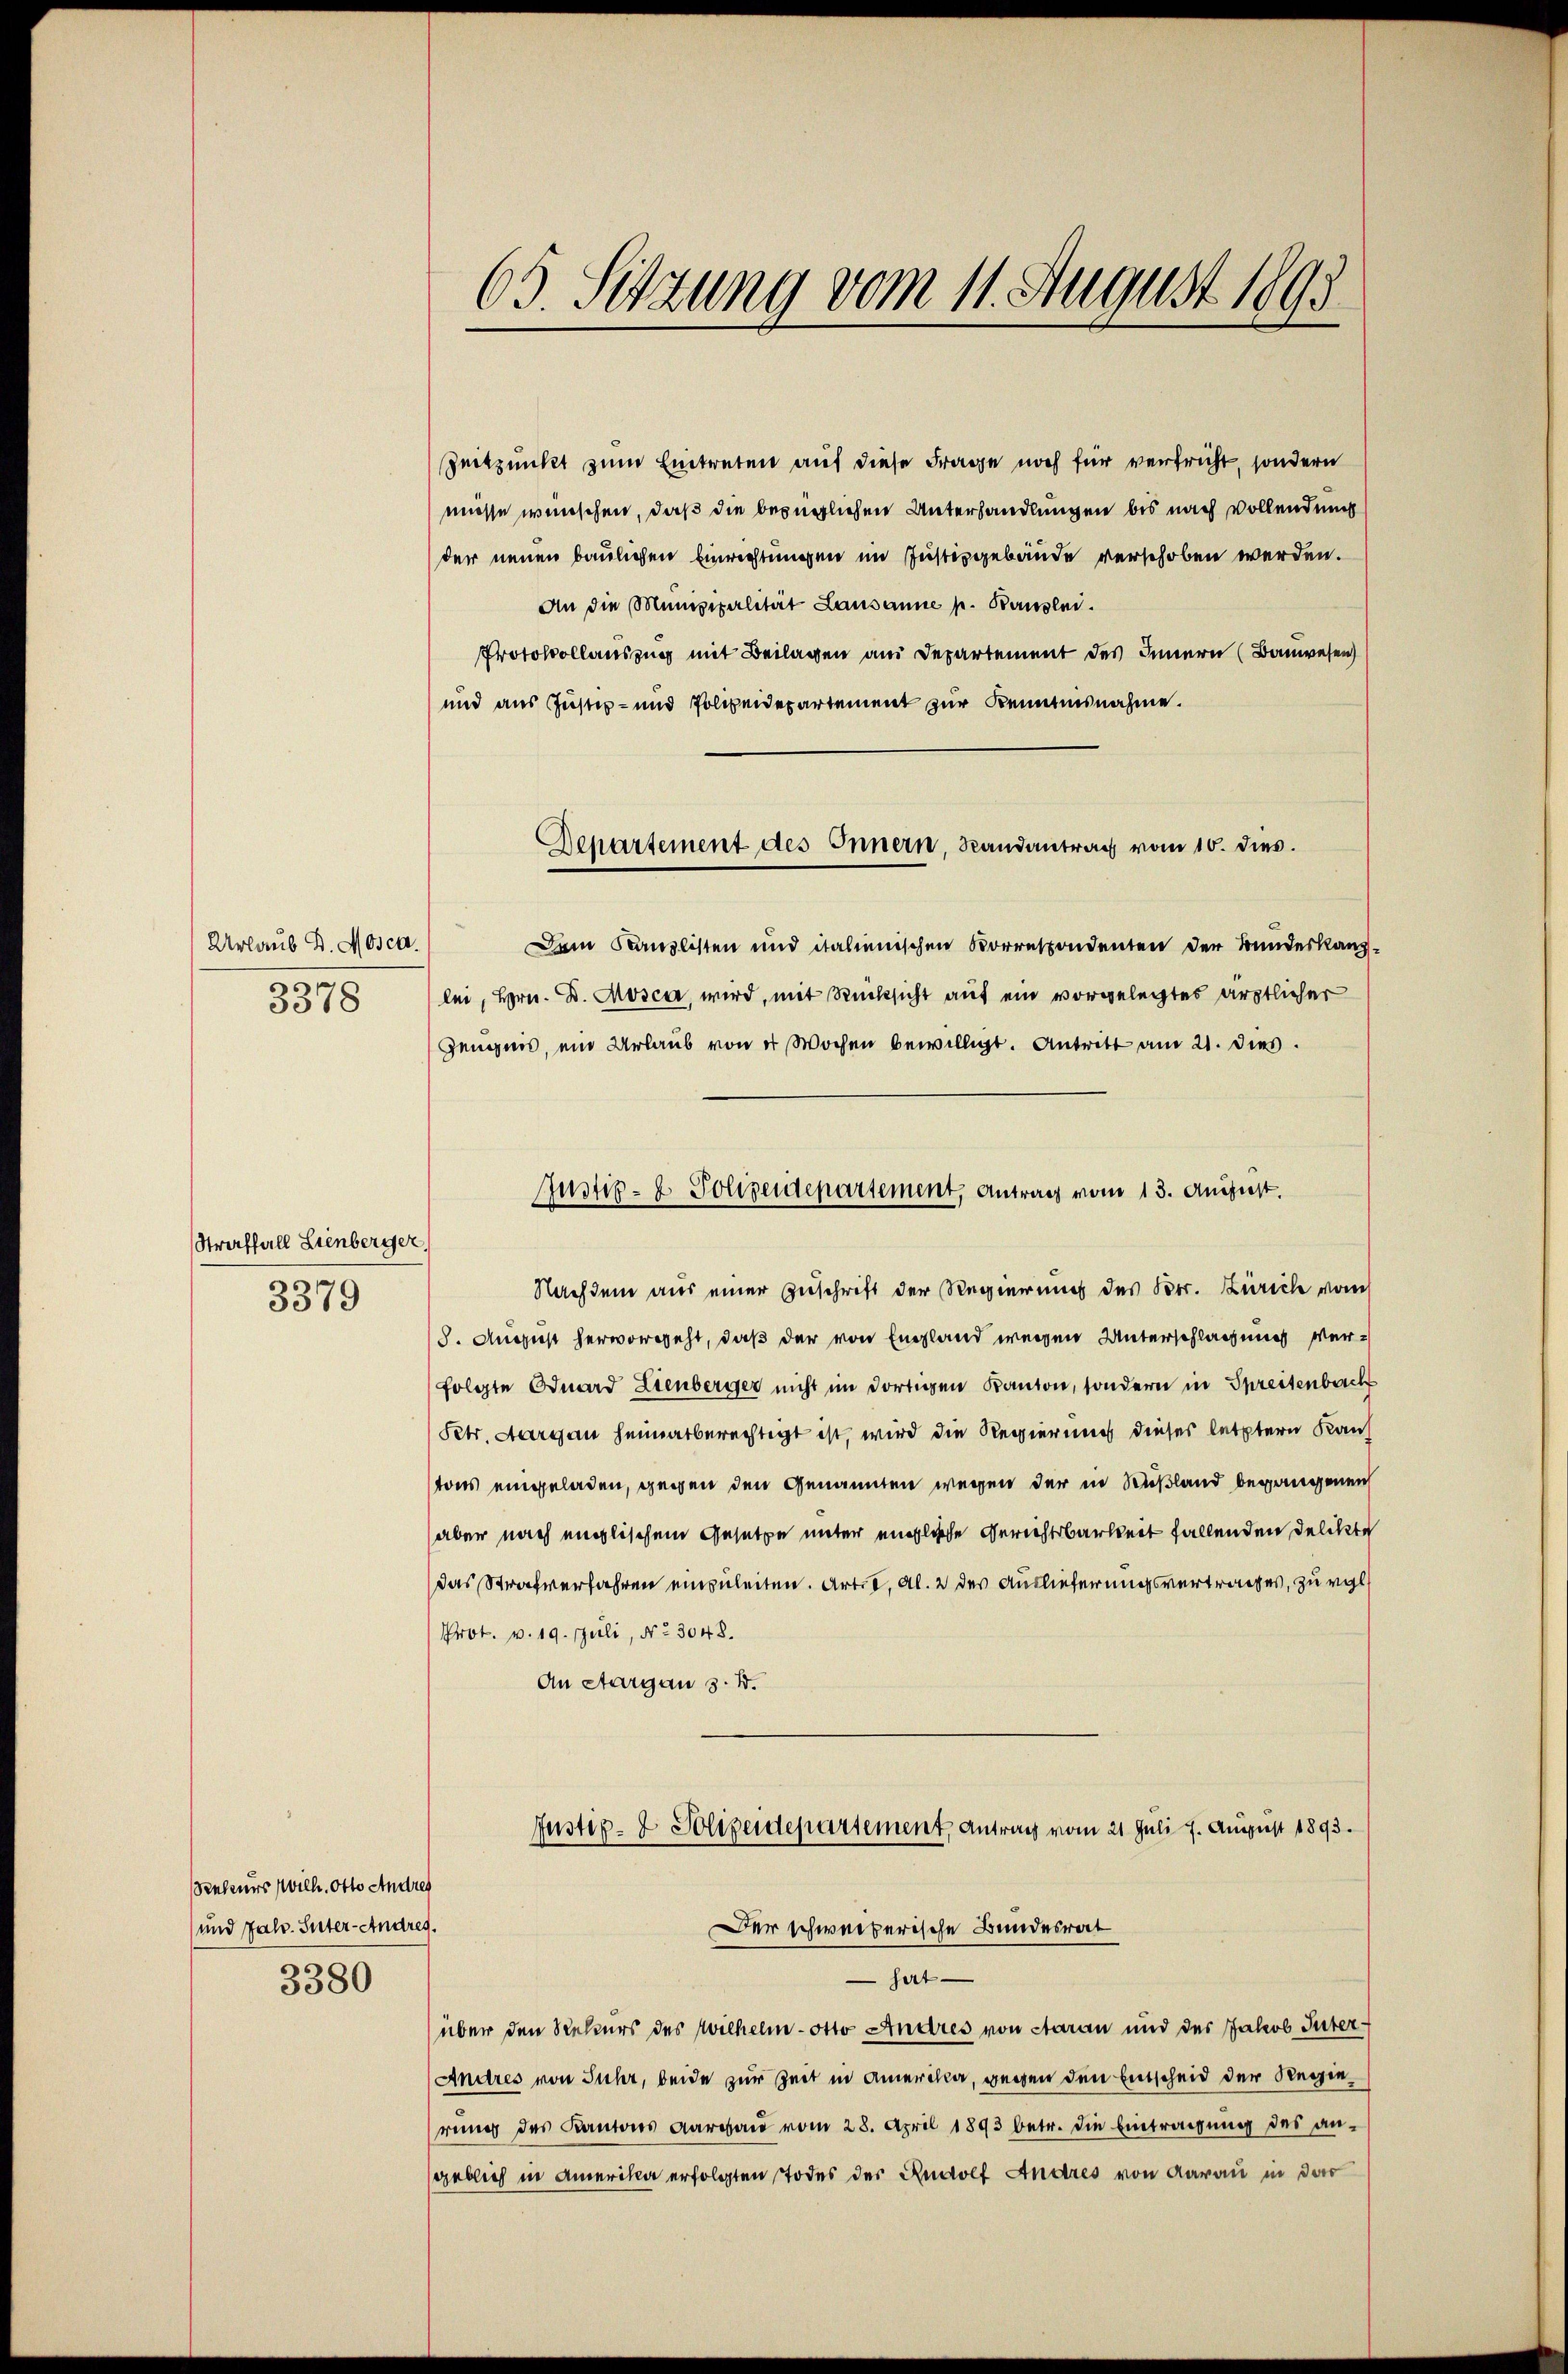
Urlaub D. Mosca.
3378

Straffall Lienberger,
3379

Senteurs Wilh. Otto Andres
und Jahr. Suter-Andres.
3380

65. Setzung vom 11. August 1893

Zeitpunkt zum Eintreten auf diese Frage noch für verfricht, sondern
müsse wünschen, daß die bezüglichen Unterhandlungen bis nach vollendung
der neuen baulichen Einrichtungen im Justizgebäude verschoben werden.
An die Munizipalität Lausanne p. Banzlei.
Protokollauszug mit Beilagen an Departement des Innern (Bauwesen)
und aus Justiz- und Polizeidepartement zur Kenntnisnahme.
Dem Kanzlisten und italienischen Korrespondenten der Bundeskanzlei, Hrn. D. Mosca, wird, mit Rücksicht auf ein vorgelegtes ärztlicher
Zeugnis, ein Urlaŭb von er Wochen bewilligt. Antritt am 21. dies
Nachdem aus einer Zuschrift der Regierung des Betr. Zürich vom
8. August hervorgeht, daß der von England wegen Unterschlagung verfolgte Eduard Lienberger nicht im dortigen Kanton, sondern in Spreisenbach
Petr. Aargau heimatberechtigt ist, wird die Regierung dieses letztern Kauf
tons eingeladen, gegen den Genannten wegen der in Rußland begangenen
(aber nach englischem Gesetze unter eingliche Gerichtsbarkeit fallenden Delikte
das Strafverfahren einzuleiten. Art. c, Al. 2 des Auslieferungsvertrages, zu vgl
Prot. v. 19. Juli, No 3048.
An Aargau s. B.
Justiz- & Polizeidepartement, Antrag vom 21. Juli 7. August 1893.
Der schweizerische Bundesrat
set
über den Rekurs des Wilhelm Otto Andres von Staran und des Jakob Inter¬
Andres von Juhr, beide zur Zeit in Amerika, gegen den Entscheid der Regierung des Kantons Aargau vom 28. April 1893 betr. die Eintragung des an-
sgeblich in Amerika erfolgten Todes der Rudolf Andres von darau in da

Departement des Innern, Randantrag vom 10. dies

Justiz- & Polizeidepartement, Antrag vom 13. August.